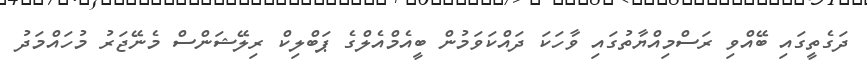
ދަގެތީގައި ބޭއްވި ރަސްމިއްޔާތުގައި ވާހަކަ ދައްކަވަމުން ބީއެމްއެލްގެ ޕަބްލިކް ރިލޭޝަންސް މެނޭޖަރު މުހައްމަދު